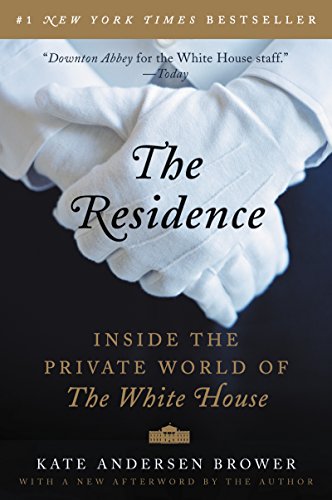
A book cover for The Residence: Inside the Private World of the White House; Kate Andersen Brower; Biographies & Memoirs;